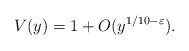
\begin{align*}V(y)=1+O(y^{1/10-\varepsilon}).\end{align*}